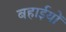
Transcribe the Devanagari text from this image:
बहाईयों